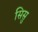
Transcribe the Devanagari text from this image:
सिसु